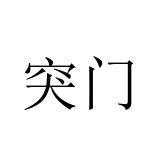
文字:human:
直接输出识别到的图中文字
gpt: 突门